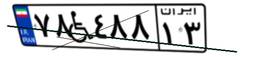
۷۸W۴۸۸۱۳